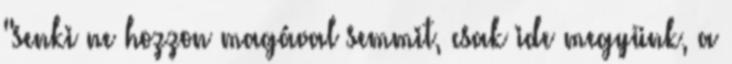
"senki ne hozzon magával semmit, csak ide megyünk, a